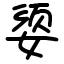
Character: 媭